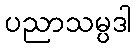
ပညာသမ္ပဒါ